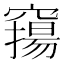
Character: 𥨛